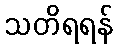
သတိရရန်